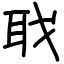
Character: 聀